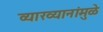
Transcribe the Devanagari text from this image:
व्याख्यानांमुळे